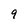
Character: 9